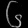
Digit: ၆